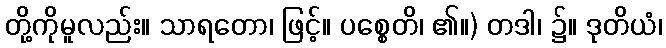
တို့ကိုမူလည်း။ သာရတော၊ ဖြင့်။ ပစ္စေတိ၊ ၏။) တဒါ၊ ၌။ ဒုတိယံ၊